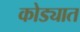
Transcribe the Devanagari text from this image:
कोड्यात